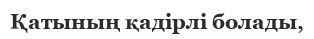
Қатының қадірлі болады,